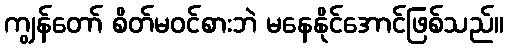
ကျွန်တော် စိတ်မဝင်စားဘဲ မနေနိုင်အောင်ဖြစ်သည်။